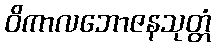
ဝိကာလဘောဇနသုတ္တံ